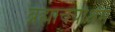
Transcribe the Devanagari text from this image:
ब्रह्माचर्याश्रम